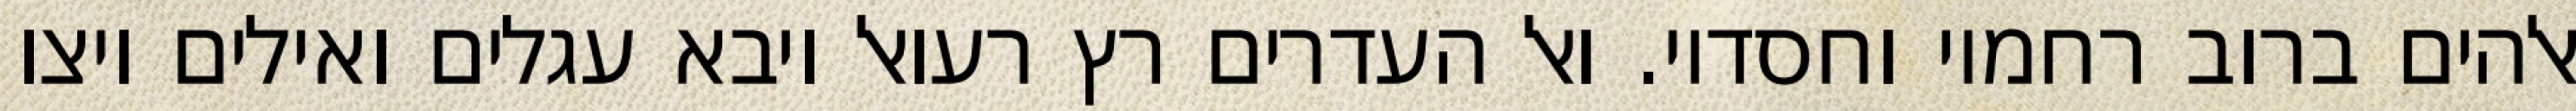
אלהים ברוב רחמיו וחסדיו. ואל העדרים רץ רעואל ויבא עגלים ואילים ויצו